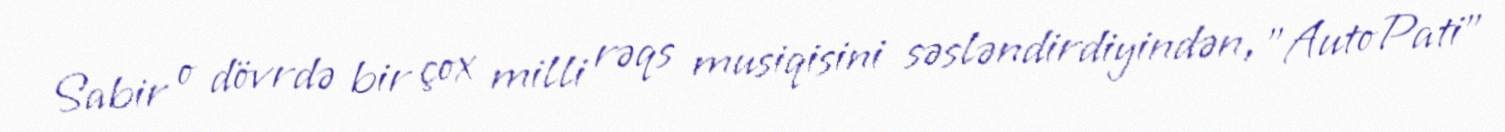
Sabir o dövrdə bir çox milli rəqs musiqisini səsləndirdiyindən, "AutoPati"